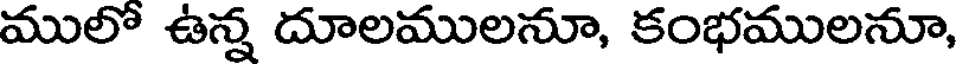
ములో ఉన్న దూలములనూ, కంభములనూ,